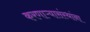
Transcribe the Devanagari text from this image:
करणाऱ्यासंस्थांना